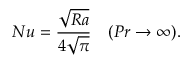
N u = \frac { \sqrt { R a } } { 4 \sqrt { \pi } } \quad ( P r \to \infty ) .